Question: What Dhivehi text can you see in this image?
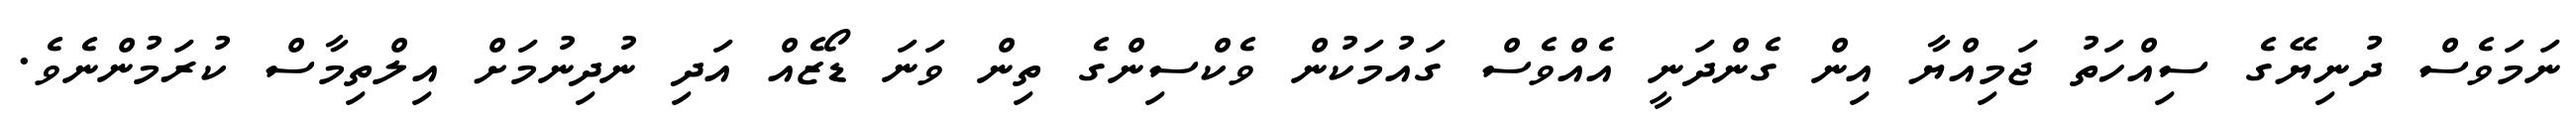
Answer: ނަމަވެސް ދުނިޔޭގެ ސިއްހަތު ޖަމިއްޔާ އިން ގެންދަނީ އެއްވެސް ގައުމަކުން ވެކްސިންގެ ތިން ވަނަ ޑޯޒެއް އަދި ނުދިނުމަށް އިލްތިމާސް ކުރަމުންނެވެ.